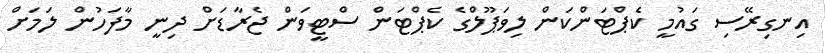
އިނގިރޭސި ގައުމީ ކެޕްޓަންކަން ލިވަޕޫލްގެ ކެޕްޓަން ސްޓީވަން ޖެރާޑަށް ދިނީ މާފަހުން ލަމަށް